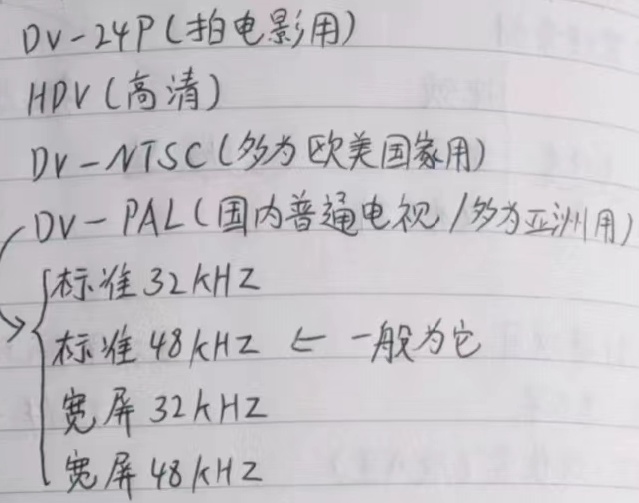
DV - 24P(拍电影用)
HDV(高清)
DV - NTSC(多为欧美国家用)
DV - PAL(国内普通电视/多为亚洲用)
\[\begin{align*}
&\begin{cases}
\text{标准 }32\text{ kHz}\\
\text{标准 }48\text{ kHz} \leftarrow \text{一般为它}\\
\text{宽屏 }32\text{ kHz}\\
\text{宽屏 }48\text{ kHz}
\end{cases}
\end{align*}\]